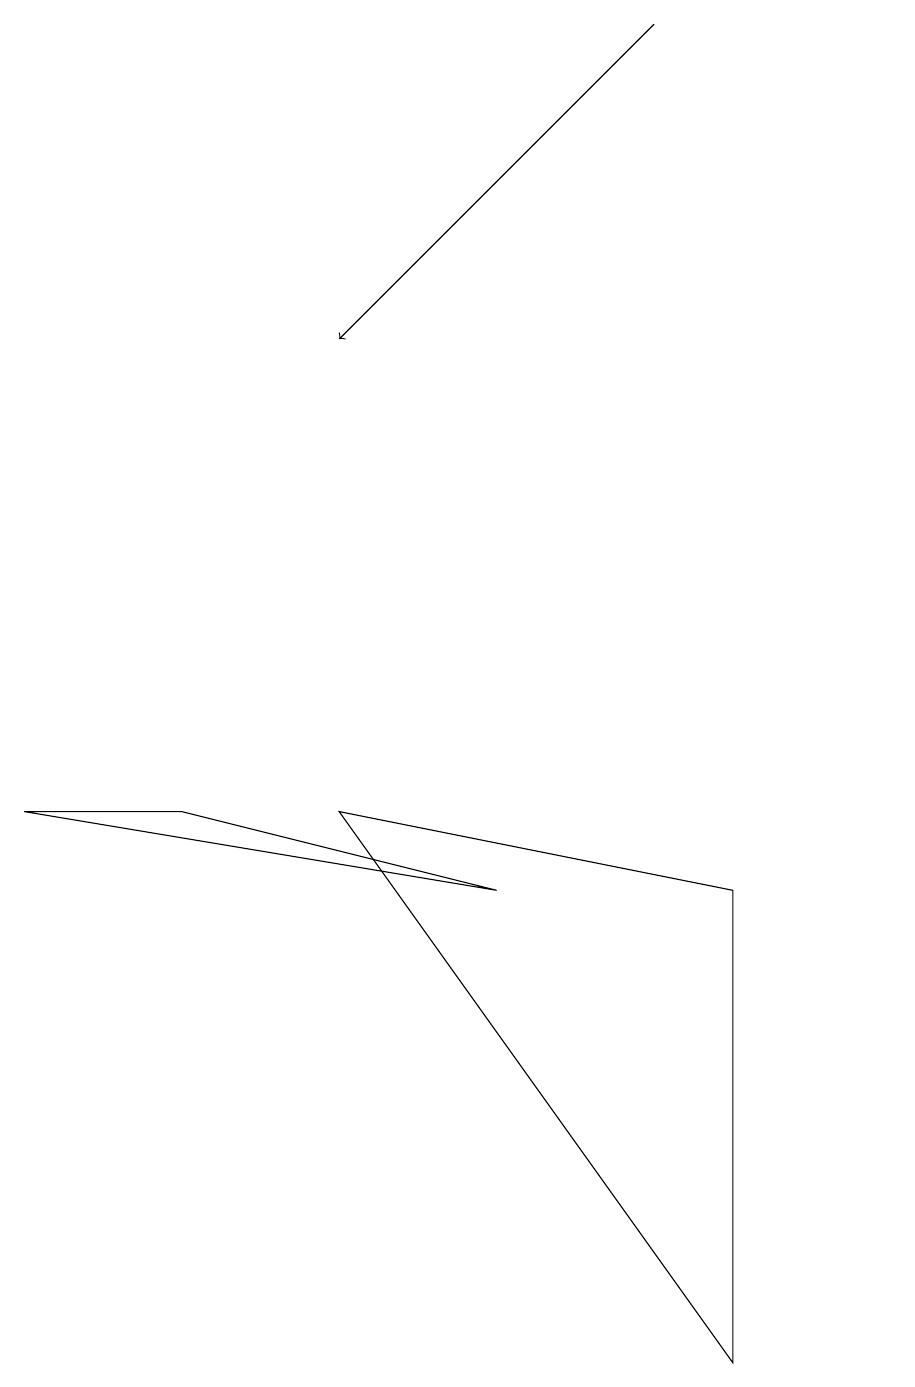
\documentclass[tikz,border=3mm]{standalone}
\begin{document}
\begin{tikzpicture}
\draw[->] (8,19) -- (4,15);
\draw (6,8) -- (0,9) -- (2,9) -- cycle;
\draw (9,8) -- (4,9) -- (9,2) -- cycle;
\draw (11,10) circle (0);
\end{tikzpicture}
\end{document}